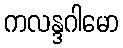
ကလန္ဒဂါမော